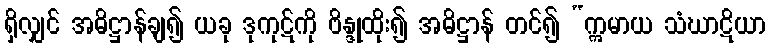
ရှိလျှင် အဓိဋ္ဌာန်ချ၍ ယခု ဒုကုဋ်ကို ဗိန္ဒုထိုး၍ အဓိဋ္ဌာန် တင်၍ “ဣမာယ သံဃာဋိယာ